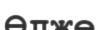
Өлже